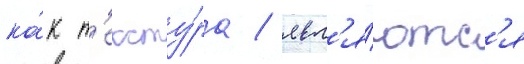
ка́к т'ексту́ра / явл'я́ютс'я